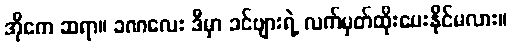
အိုကေ ဆရာ။ ခဏလေး ဒီမှာ ခင်ဗျားရဲ့ လက်မှတ်ထိုးပေးနိုင်မလား။